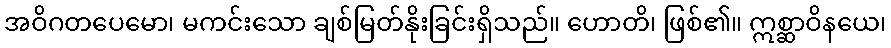
အဝိဂတပေမော၊ မကင်းသော ချစ်မြတ်နိုးခြင်းရှိသည်။ ဟောတိ၊ ဖြစ်၏။ ဣစ္ဆာဝိနယေ၊